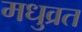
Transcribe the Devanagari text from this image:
मधुव्रत